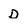
Character: D